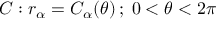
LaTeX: C : r _ { \alpha } = C _ { \alpha } ( \theta ) \, ; \; 0 < \theta < 2 \pi